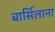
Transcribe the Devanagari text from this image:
बार्सिलाना